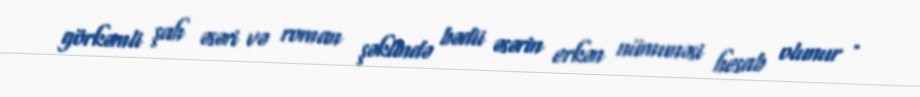
görkəmli şah əsəri və roman şəklində bədii əsərin erkən nümunəsi hesab olunur .